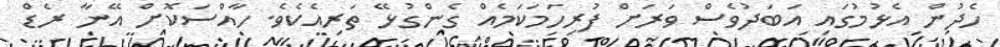
ހެދުން އެޅުމުގައި އަބަދުވެސް ވަރަށް ފުރިހަމަކަމެއް ގެންގުޅޭ ތަރިއެކެވެ. ހާއްސަކޮށް އޭނާ ރެޑް